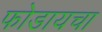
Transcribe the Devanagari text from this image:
फोडायचा